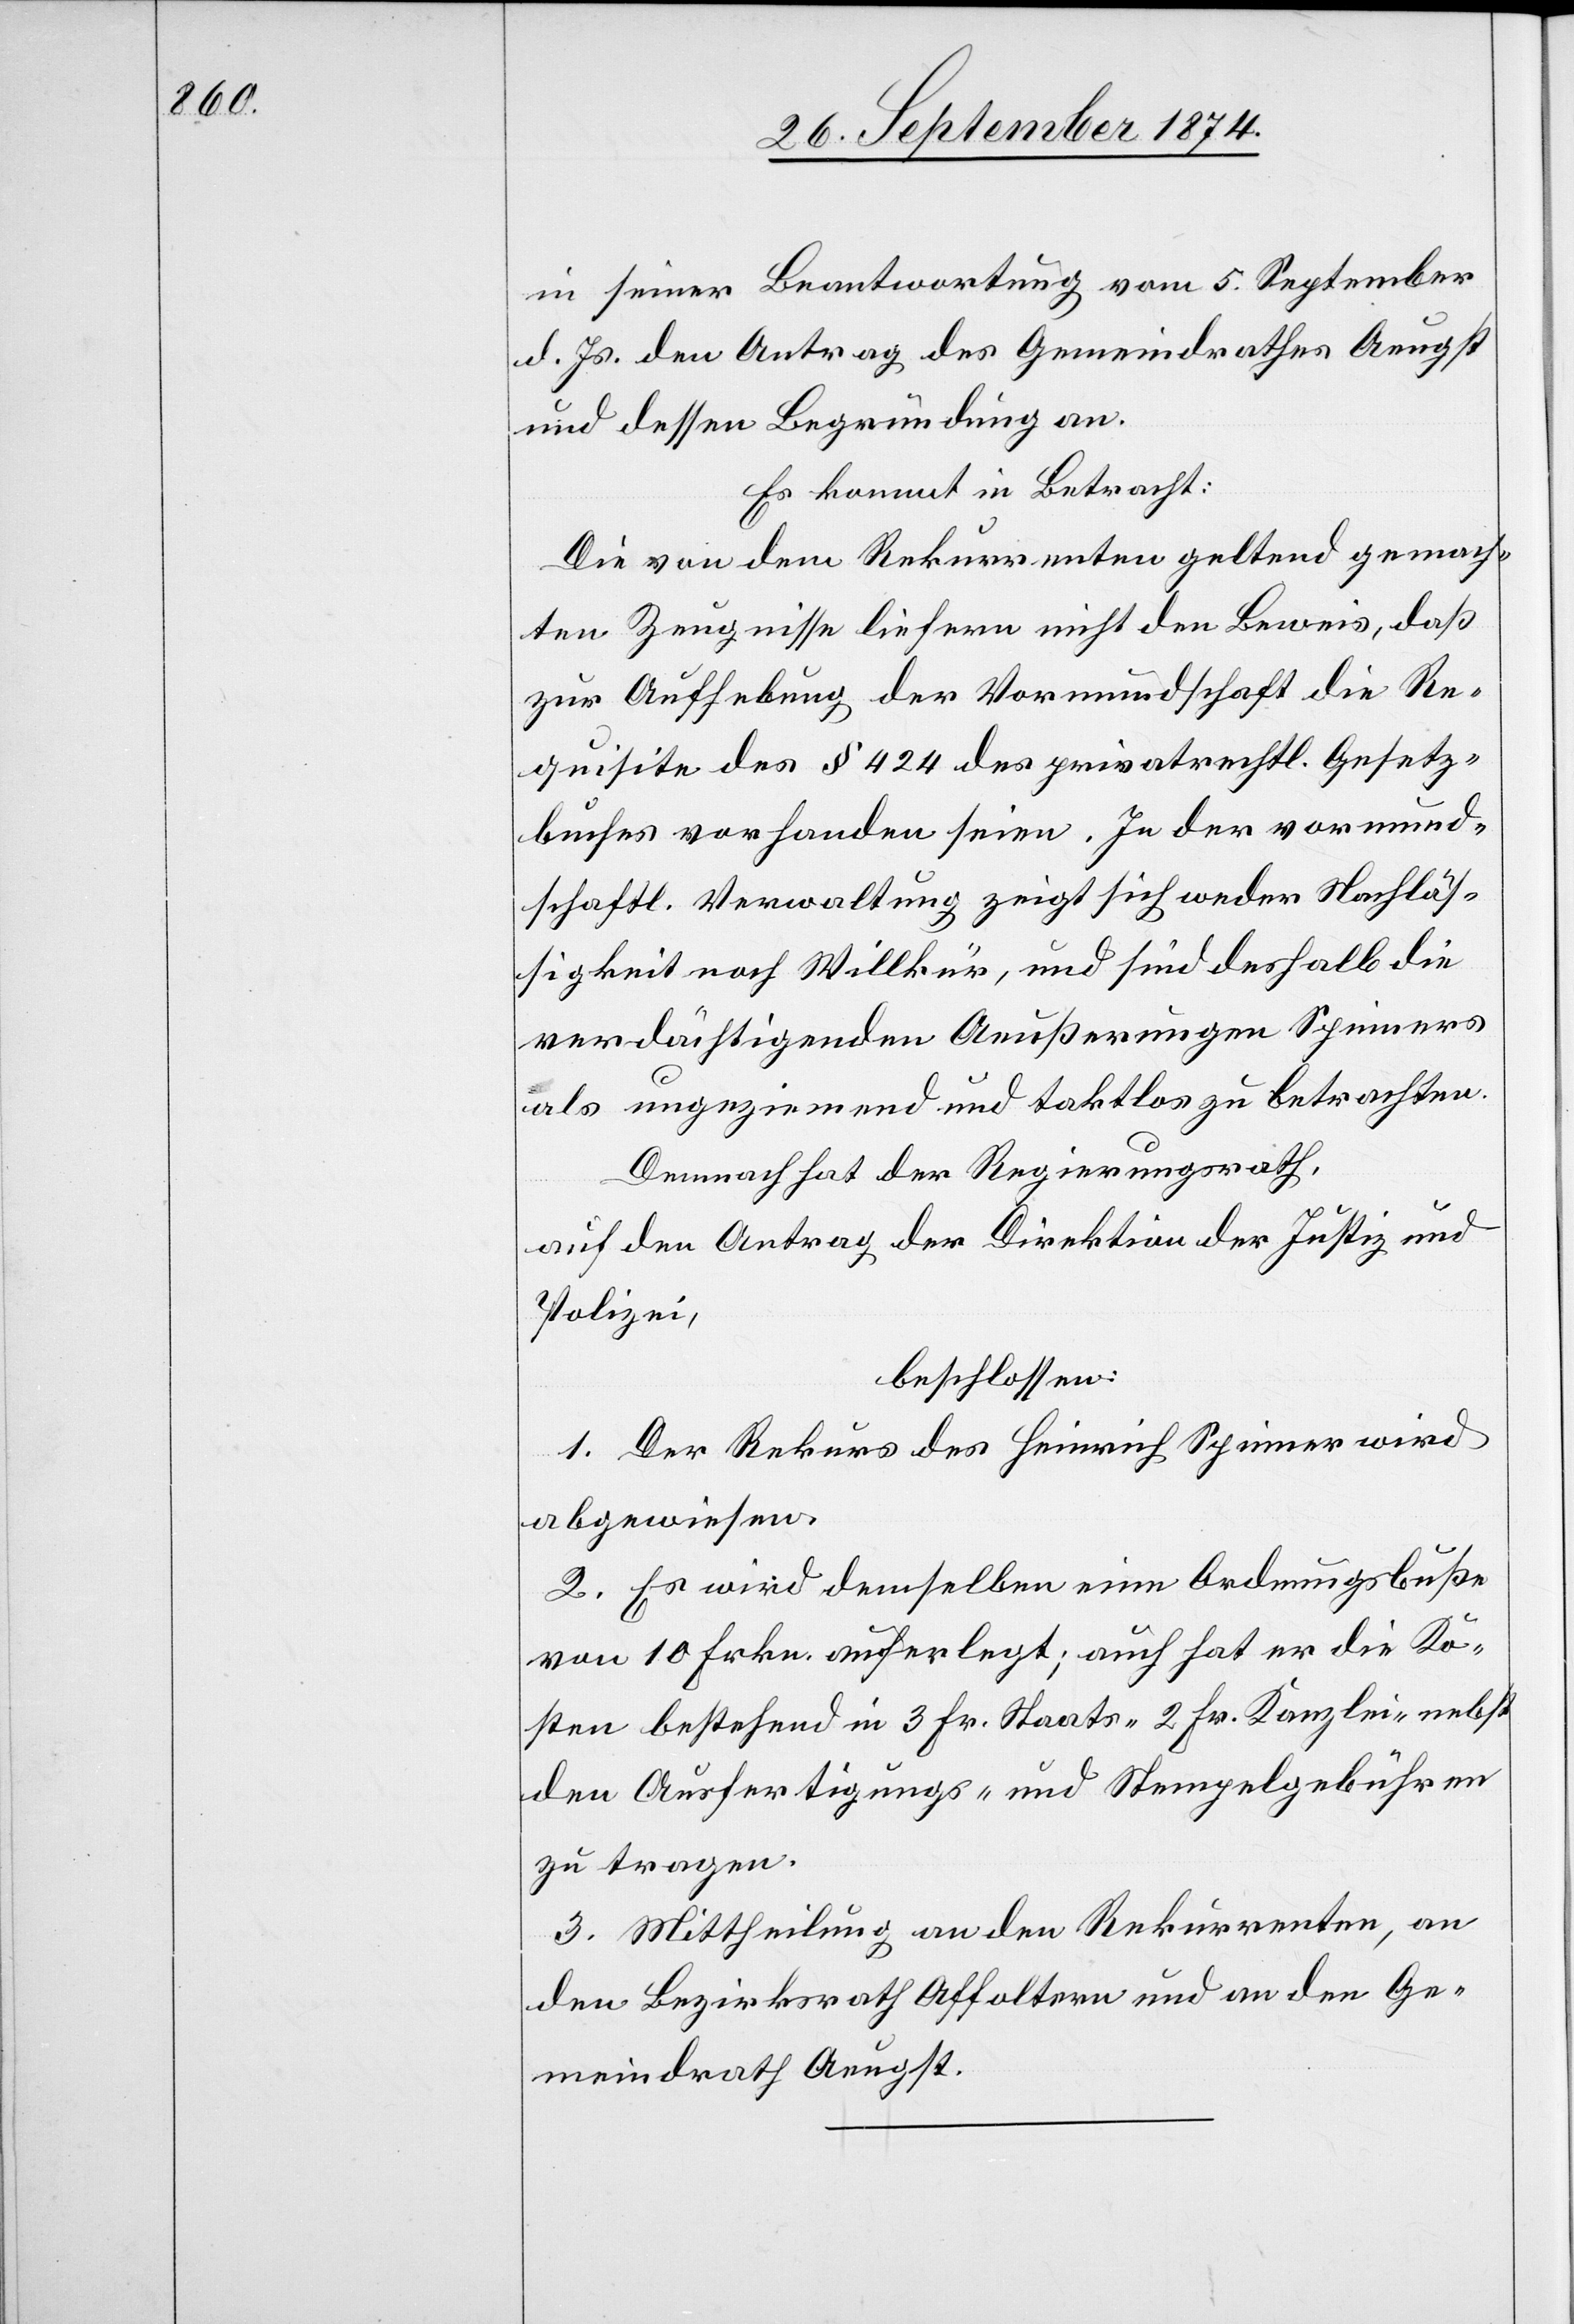
in seiner Beantwortung vom 5. September
d. Js. den Antrag des Gemeindrathes Aeugst
und dessen Begründung an.
Es kommt in Betracht:
Die von dem Rekurrenten geltend gemach¬
ten Zeugnisse liefern nicht den Beweis, daß
zur Aufhebung der Vormundschaft die Re¬
quisite des § 424 des privatrechtl. Gesetz¬
buches vorhanden seien. In der vormund¬
schaftl. Verwaltung zeigt sich weder Nachläß¬
igkeit noch Willkür, und sind deshalb die
verdächtigenden Aeußerungen Spinners
als ungeziemend und taktlos zu betrachten.
Demnach hat der Regierungsrath,
auf den Antrag der Direktion der Justiz und
Polizei,
beschlossen:
1. Der Rekurs des Heinrich Spinner wird
abgewiesen.
2. Es wird demselben eine Ordnungsbuße
von 10 Frkn. auferlegt; auch hat er die Ko¬
sten bestehend in 3 Fr. Staats- [,] 2 Fr. Kanzlei- nebst
den Ausfertigungs- und Stempelgebühren
zu tragen.
3. Mittheilung an den Rekurrenten, an
den Bezirksrath Affoltern und an den Ge¬
meindrath Aegust.